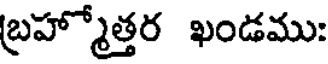
బ్రహ్మోత్తర ఖండము: